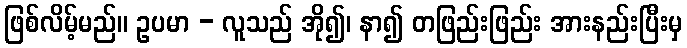
ဖြစ်လိမ့်မည်။ ဥပမာ - လူသည် အို၍၊ နာ၍ တဖြည်းဖြည်း အားနည်းပြီးမှ